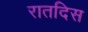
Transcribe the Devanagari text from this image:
रातदिस